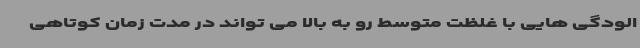
الودگی هایی با غلظت متوسط رو به بالا می تواند در مدت زمان کوتاهی